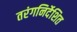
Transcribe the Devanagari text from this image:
तरंगनिर्देशित